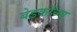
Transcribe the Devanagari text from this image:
बेडकांच्या